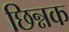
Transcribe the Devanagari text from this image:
छिन्नक